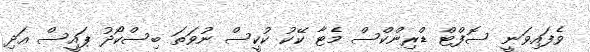
ވެފައިވަނީ ސޮފްޓް ޑްރިންކްސް މެޓާ ކޭކު ކުކީސް ނުވަތަ ބިސްކޯދު ޕައީސް އަދި